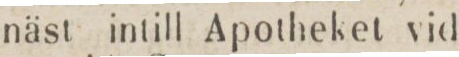
näst intill Apotheket vid